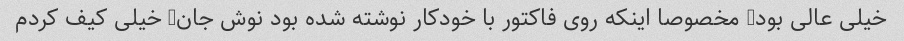
خیلی عالی بود, مخصوصا اینکه روی فاکتور با خودکار نوشته شده بود نوش جان, خیلی کیف کردم